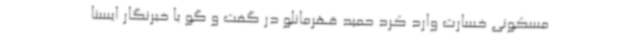
مسکونی خسارت وارد کرد حمید قهرمانلو در گفت و گو با خبرنگار ایسنا